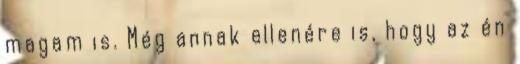
magam is. Még annak ellenére is, hogy az én